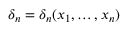
\delta _ { n } = \delta _ { n } ( x _ { 1 } , \ldots , x _ { n } )